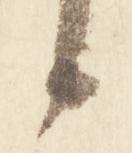
候